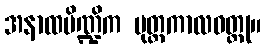
အနာထပိဏ္ဍိက ပုတ္တကာလဝတ္ထု။